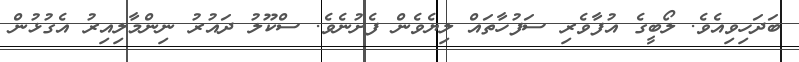
ބަދަހިވިއެވެ. ލޯބީގެ އުފާވެރި ސަފުހާތައް ލިޔެވެން ފެށުނެވެ. ސްކޫލު ދައުރު ނިންމާލިއިރު އެގުޅުން